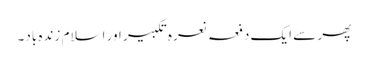
پھر سے ایک دفعہ نعرہ تکبیر اور اسلام زندہ باد۔